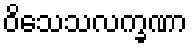
ဝိသေသလက္ခဏာ